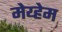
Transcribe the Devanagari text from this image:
मेय्हेम